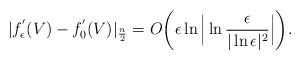
LaTeX: \begin{align*} |f^{'}_\epsilon(V)-f^{'}_0(V) |_{\frac{n}{2}}=O \bigg(\epsilon\ln\Big|\ln\frac{\epsilon}{|\ln\epsilon|^2}\Big|\bigg).\end{align*}